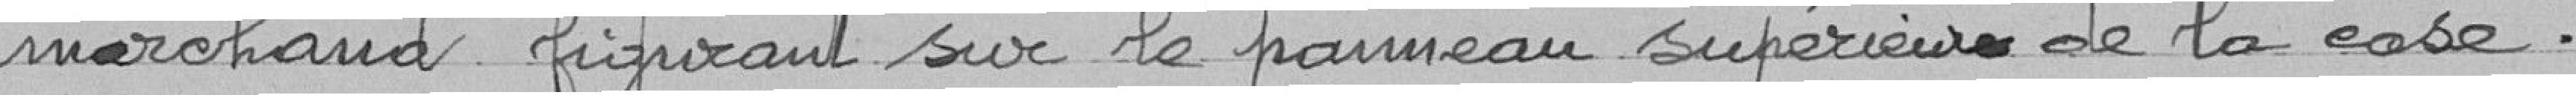
marchand figurant sur le panneau supérieur de la case.